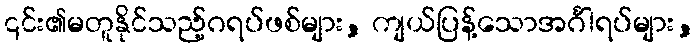
၎င်း၏မတူနိုင်သည့်ဂရပ်ဖစ်များ, ကျယ်ပြန့်သောအင်္ဂါရပ်များ,